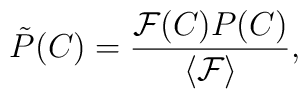
\tilde{P}(C)=\frac{\mathcal{F}(C)P(C)}{\langle\mathcal{F}\rangle},